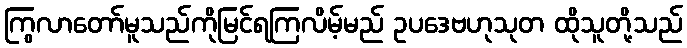
ကြွလာတော်မူသည်ကိုမြင်ရကြလိမ့်မည် ဥပဒေဗဟုသုတ ထိုသူတို့သည်